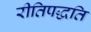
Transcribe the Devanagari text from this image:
रीतिपद्धति